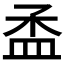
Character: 𥁝